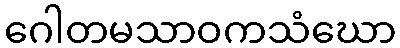
ဂေါတမသာဝကသံဃော